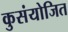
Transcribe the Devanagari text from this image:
कुसंयोजित